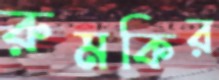
রুমকির